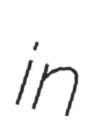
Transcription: in